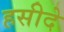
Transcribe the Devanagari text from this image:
हसीदे